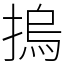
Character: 摀